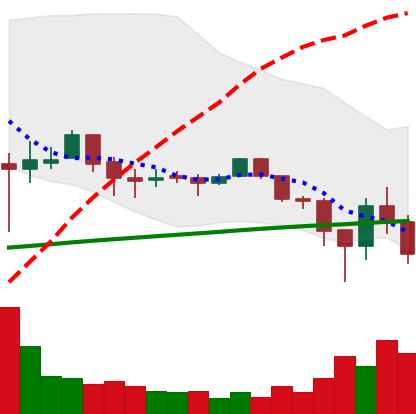
Ticker: LTC-USD
Chart end date: 2018-02-05
Forward return: 24.147%
Label: up_7plus